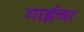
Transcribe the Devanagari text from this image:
गाईचा